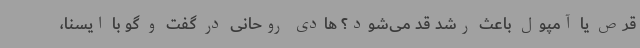
قرص یا آمپول باعث رشد قد می‌شود؟ هادی روحانی در گفت و گو با ایسنا،